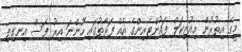
މީގެ އިތުރުން މިއުޒިކަލް ފައުންޓެއިންގެ އެއް ފަރާތުގައި ހުންނަ އިރު ފަސް އިނގިލި